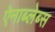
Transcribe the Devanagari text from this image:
ऐनाब्लेब्स